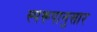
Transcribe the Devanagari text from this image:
स्परूपानुसार